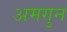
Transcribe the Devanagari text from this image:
अमगुन